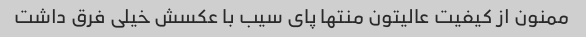
ممنون از کیفیت عالیتون منتها پای سیب با عکسش خیلی فرق داشت